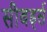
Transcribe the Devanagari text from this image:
सीबर्ड्स